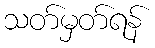
သတ်မှတ်ရန်